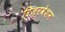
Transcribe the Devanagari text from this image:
रिज़रवेशन